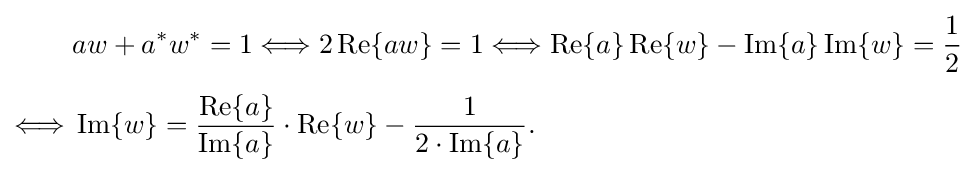
{\begin{aligned}&aw+a^{*}w^{*}=1\Longleftrightarrow 2\operatorname {Re} \{aw\}=1\Longleftrightarrow \operatorname {Re} \{a\}\operatorname {Re} \{w\}-\operatorname {Im} \{a\}\operatorname {Im} \{w\}={\frac {1}{2}}\\[4pt]\Longleftrightarrow {}&\operatorname {Im} \{w\}={\frac {\operatorname {Re} \{a\}}{\operatorname {Im} \{a\}}}\cdot \operatorname {Re} \{w\}-{\frac {1}{2\cdot \operatorname {Im} \{a\}}}.\end{aligned}}